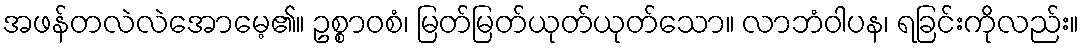
အဖန်တလဲလဲအောမေ့၏။ ဥစ္စာဝစံ၊ မြတ်မြတ်ယုတ်ယုတ်သော။ လာဘံဝါပန၊ ရခြင်းကိုလည်း။